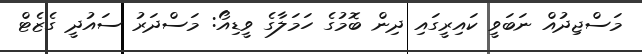
މަސްޖިދުއް ނަބަވީ ކައިރީގައި ދިން ބޮމުގެ ހަމަލާގެ ވީޑިއޯ: މަސްދަރު ސައުދީ ގެޒެޓް